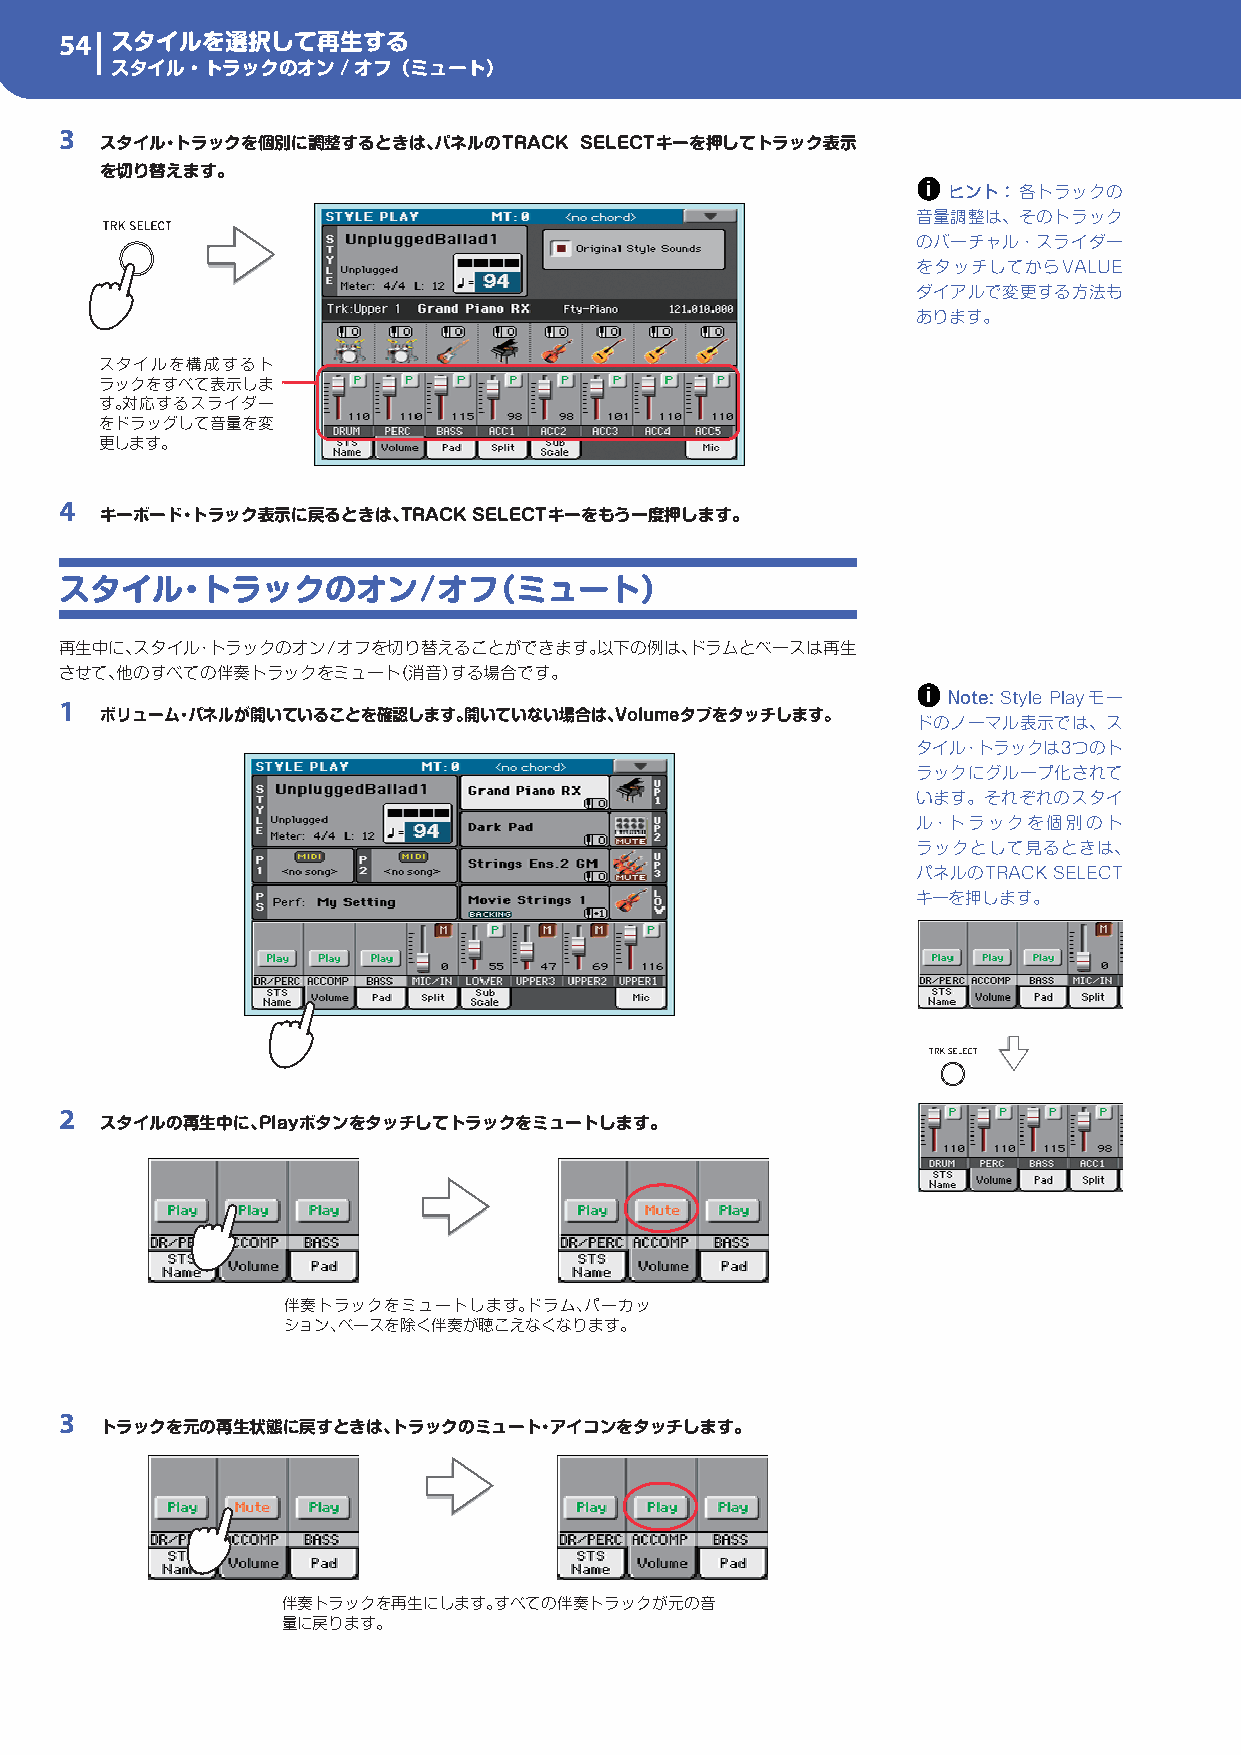
54 スタイルを選択して再生する
 スタイル・トラックのオン/オフ（ミュート）
 3
 スタイル・トラックを個別に調整するときは、パネルのTRACK SELECTキーを押してトラック表示
 を切り替えます。
 i
 ヒント： 各トラックの
 音量調整は、そのトラック
 のバーチャル・スライダー
 をタッチしてからVALUE
 ダイアルで変更する方法も
 あります。
 スタイルを構成するト
 ラックをすべて表示しま
 す。対応するスライダー
 をドラッグして音量を変
 更します。
 4
 キーボード・トラック表示に戻るときは、TRACK SELECTキーをもう一度押します。
 スタイル・トラックのオン/オフ（ミュート）
 再生中に、スタイル・トラックのオン/オフを切り替えることができます。以下の例は、ドラムとベースは再生
 させて、他のすべての伴奏トラックをミュート（消音）する場合です。
 i
 1                                                          Note: Style Playモー
 ボリューム・パネルが開いていることを確認します。開いていない場合は、Volumeタブをタッチします。
 ドのノーマル表示では、ス
 タイル・トラックは3つのト
 ラックにグループ化されて
 います。それぞれのスタイ
 ル・トラックを個別のト
 ラックとして見るときは、
 パネルのTRACK SELECT
 キーを押します。
 2
 スタイルの再生中に、Playボタンをタッチしてトラックをミュートします。
 伴奏トラックをミュートします。ドラム、パーカッ
 ション、ベースを除く伴奏が聴こえなくなります。
 3
 トラックを元の再生状態に戻すときは、トラックのミュート・アイコンをタッチします。
 伴奏トラックを再生にします。すべての伴奏トラックが元の音
 量に戻ります。